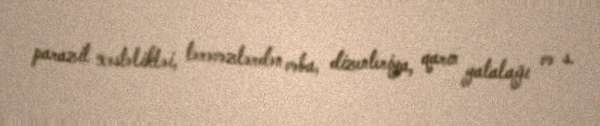
parazit xəstəlikləi, tərəvəzlərdən vəba, dizenteriya, qarın yatalağı və s.